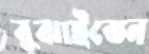
বুঝাইতেন